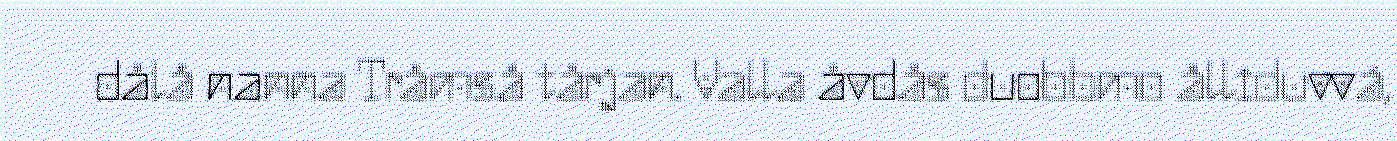
dålå nanna Tråmså tårjan. Valla åvdås duobbmo ålliduvvá,